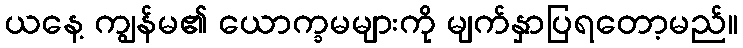
ယနေ့ ကျွန်မ၏ ယောက္ခမများကို မျက်နှာပြရတော့မည်။